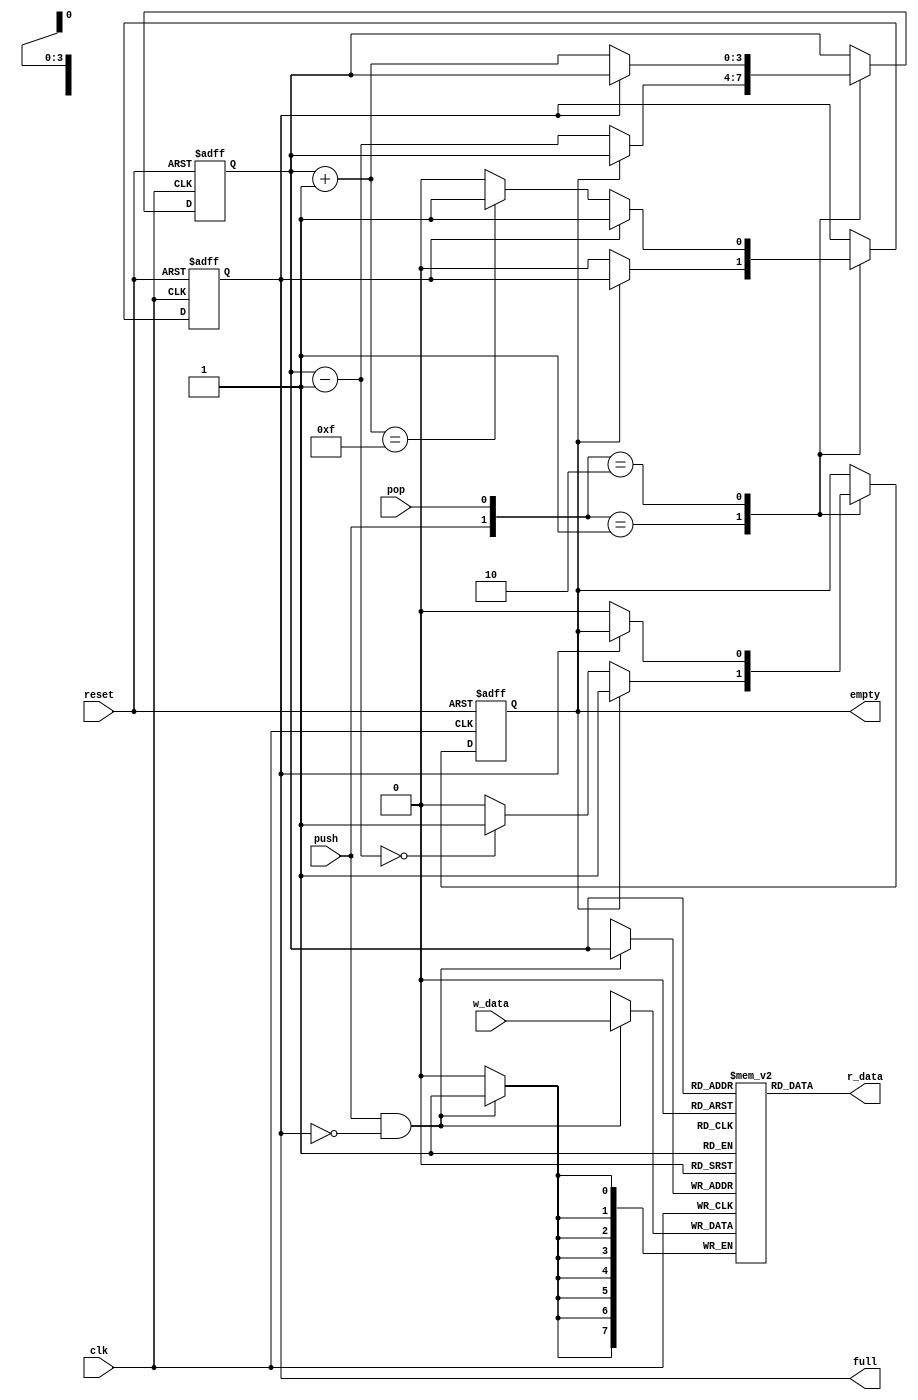
// Stack

module stack
    #(
     parameter B = 8,  // number of bits a word
               W = 4   // number of address bits
    )
    (
     input wire         clk, reset,
     input wire         push, pop,
     input wire[B-1:0]  w_data,
     output wire        empty, full,
     output wire[B-1:0] r_data
    );

    // signal declaration
    reg[B-1:0] array_reg[2**W-1:0];           // register array
    reg[W-1:0] stack_ptr_reg, stack_ptr_next;
    reg        full_reg, empty_reg, full_next, empty_next;
    wire       wr_en;

    // body
    // register file operation
    always @(posedge clk)
        if (wr_en)
            array_reg[stack_ptr_reg] <= w_data;
    // read operation (always points to top of the stack)
    assign r_data = array_reg[stack_ptr_reg];
    assign wr_en  = push & ~full_reg;

    // stack control logic
    // registers for pointer
    always @(posedge clk, posedge reset)
    if (reset)
        begin
            stack_ptr_reg <= 0;
            empty_reg     <= 1'b1;
            full_reg      <= 1'b0;
        end
    else
        begin
            stack_ptr_reg <= stack_ptr_next;
            empty_reg     <= empty_next;
            full_reg      <= full_next;
        end

     // next state logic
     always @*
     begin
        // default: keep old values
        stack_ptr_next = stack_ptr_reg;
        empty_next     = empty_reg;
        full_next      = full_reg;
        case ({push, pop})
            // 2'b00:           // no op
            2'b01:              // pop
                if (~empty_reg)
                    begin
                        stack_ptr_next = stack_ptr_reg - 1;
                        full_next = 1'b0;
                        if (stack_ptr_next==0)
                            empty_next = 1'b1;
                    end
             2'b10:             // push
                if (~full_reg)
                    begin
                        stack_ptr_next = stack_ptr_reg + 1;
                        empty_next = 1'b0;
                        if (stack_ptr_next==2**W-1)
                            full_next = 1'b1;
                    end
             // 2'b11:             // push and pop
                                   // do nothing, as pointer stays the same
        endcase
     end

    // output
    assign full  = full_reg;
    assign empty = empty_reg;

endmodule